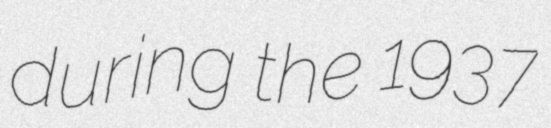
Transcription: during the 1937